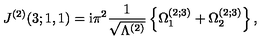
J ^ { ( 2 ) } ( 3 ; 1 , 1 ) = \mathrm { i } \pi ^ { 2 } \frac { 1 } { \sqrt { \Lambda ^ { ( 2 ) } } } \left\{ \Omega _ { 1 } ^ { ( 2 ; 3 ) } + \Omega _ { 2 } ^ { ( 2 ; 3 ) } \right\} ,